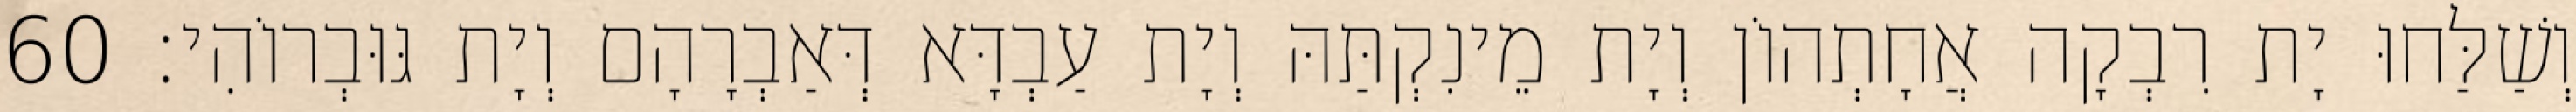
וְשַׁלַּחוּ יָת רִבְקָה אֲחָתְהוֹן וְיָת מֵינִקְתַּהּ וְיָת עַבְדָּא דְּאַבְרָהָם וְיָת גּוּבְרוֹהִי׃ 60